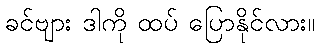
ခင်ဗျား ဒါကို ထပ် ပြောနိုင်လား။